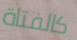
كالفتاة